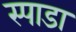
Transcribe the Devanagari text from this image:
स्पाडा